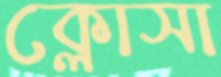
ক্লোসা